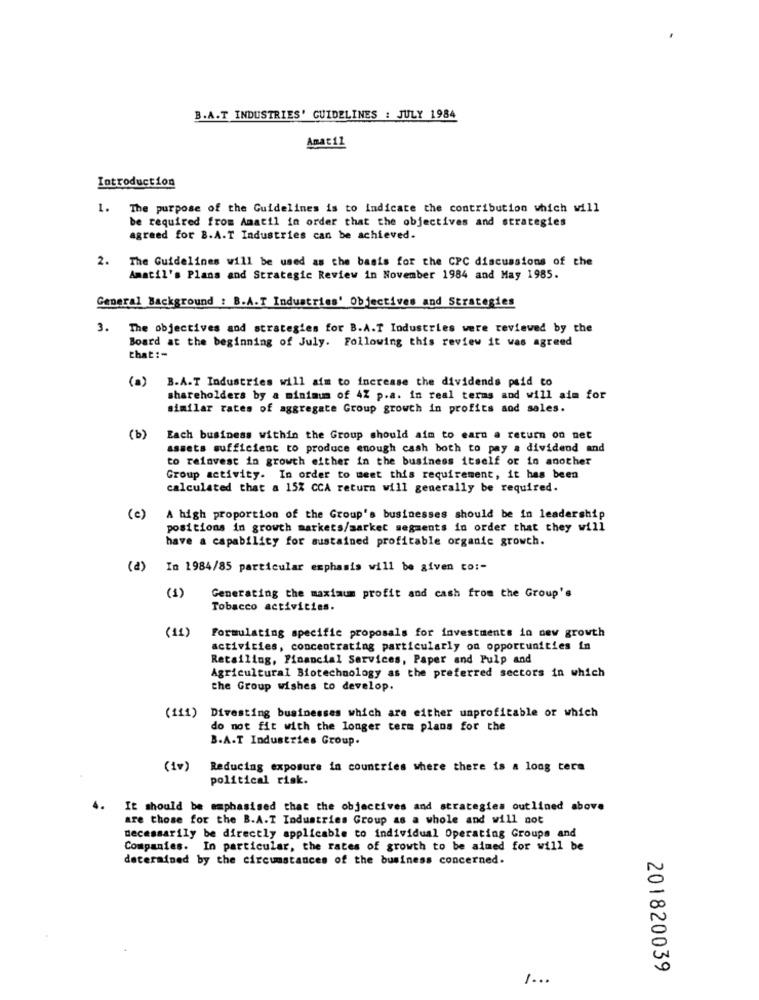
B.A.T INDUSTRIES' GUIDELINES : JULY 1984
Amatil
Introduction
1. The purpose of the Guidelines is to indicate the contribution which will
be required from Amatil in order that the objectives and strategies
agreed for B.A.T Industries can be achieved.
2.
The Guidelines will be used as the basis for the CPC discussions of the
Amatil's Plans and Strategic Review in November 1984 and May 1985.
General Background : B.A.T Industries' Objectives and Strategies
3. The objectives and strategies for B.A.T Industries were reviewed by the
Board at the beginning of July. Following this review it was agreed
that :-
(a)
B.A.T Industries will aim to increase the dividends paid to
shareholders by a minimum of 4% p.a. in real terms and will aim for
similar rates of aggregate Group growth in profits and sales.
(b)
Each business within the Group should aim to earn a return on net
assets sufficient to produce enough cash both to pay a dividend and
to reinvest in growth either in the business itself or in another
Group activity. In order to meet this requirement, it has been
calculated that a 15% CCA return will generally be required.
(c)
A high proportion of the Group's businesses should be in leadership
positions in growth markets/market segments in order that they will
have a capability for sustained profitable organic growth.
(8)
In 1984/85 particular emphasis will be given to :-
(1)
Generating the maximum profit and cash from the Group's
Tobacco activities.
(11)
Formulating specific proposals for investments in new growth
activities, concentrating particularly on opportunities in
Retailing, Financial Services, Paper and Pulp and
Agricultural Biotechnology as the preferred sectors in which
the Group wishes to develop.
(111) Divesting businesses which are either unprofitable or which
do not fit with the longer term plans for the
B.A.T Industries Group.
(10)
Reducing exposure in countries where there is a long tera
political risk.
4.
It should be emphasised that the objectives and strategies outlined above
are those for the B.A.T Industries Group as a whole and will not
necessarily be directly applicable to individual Operating Groups and
Companies. In particular, the rates of growth to be aimed for will be
determined by the circumstances of the business concerned.
201820039
1 ...